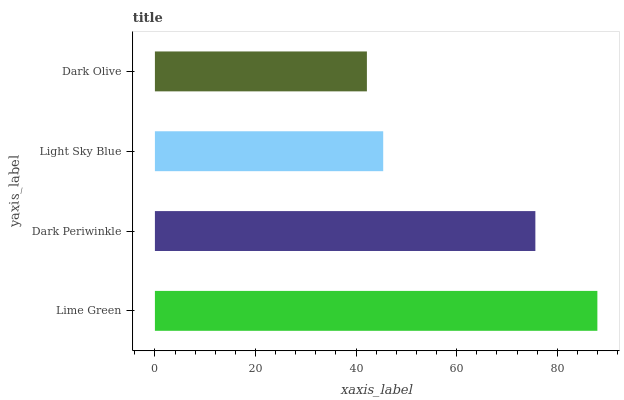
| yaxis_label | bars |
 | --- | --- |
 | Lime Green | 88 |
 | Dark Periwinkle | 75.6 |
 | Light Sky Blue | 45.4 |
 | Dark Olive | 42.1 |